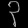
Digit: ၃